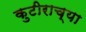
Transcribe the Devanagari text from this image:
कुटीराच्या